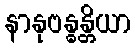
နာနုဗန္ဓန္တိယာ